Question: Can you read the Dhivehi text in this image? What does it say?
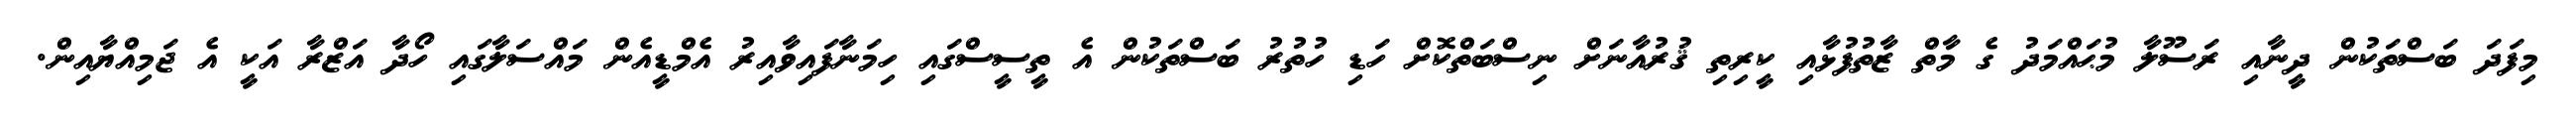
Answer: މިފަދަ ބަސްތަކުން ދީނާއި ރަސޫލާ މުޙައްމަދު ގެ މާތް ޒާތުފުޅާއި ކީރިތި ޤުރުއާނަށް ނިސްބަތްކޮށް ހަޑި ހުތުރު ބަސްތަކުން އެ ތީސީސްގައި ހިމަނާފައިވާއިރު އެމްޑީއެން މައްސަލާގައި ހޯދާ އަޒްރާ އަކީ އެ ޖަމިއްޔާއިން.